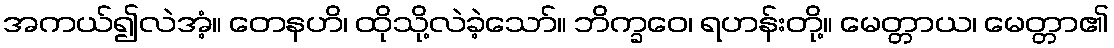
အကယ်၍လဲအံ့။ တေနဟိ၊ ထိုသို့လဲခဲ့သော်။ ဘိက္ခဝေ၊ ရဟန်းတို့။ မေတ္တာယ၊ မေတ္တာ၏